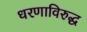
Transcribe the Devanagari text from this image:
धरणाविरुद्ध